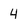
Character: 4